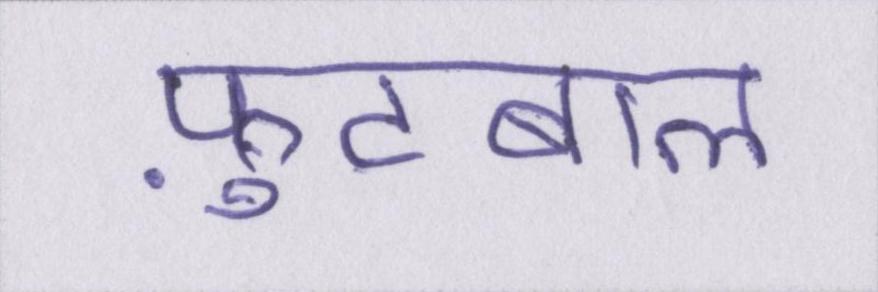
फ़ुटबाल